Report on vaccination in Madras 1904-1921 - 1904-1921
Year: 1904
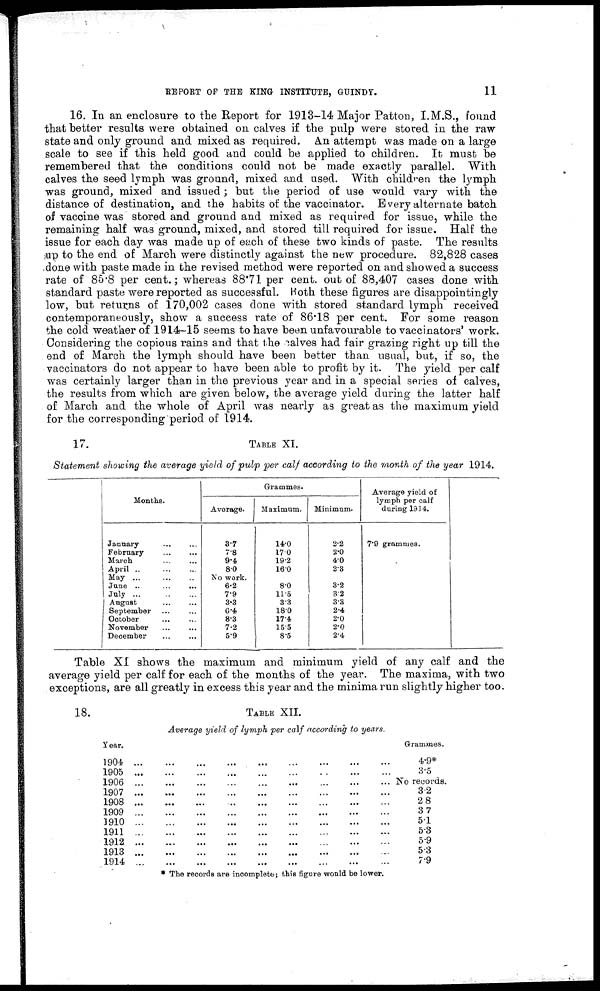
REPORT OF THE KING INSTITUTE, GUINDY.
11
16. In an enclosure to the Report for 1913-14 Major Patton, I.M.S., found
that better results were obtained on calves if the pulp were stored in the raw
state and only ground and mixed as required. An attempt was made on a large
scale to see if this held good and could be applied to children. It must be
remembered that the conditions could not be made exactly parallel. With
calves the seed lymph was ground, mixed and used. With children the lymph
was ground, mixed and issued ; but the period of use would vary with the
distance of destination, and the habits of the vaccinator. Every alternate batch
of vaccine was stored and ground and mixed as required for issue, while the
remaining half was ground, mixed, and stored till required for issue. Half the
issue for each day was made up of each of these two kinds of paste. The results
up to the end of March were distinctly against the new procedure. 82,828 cases
done with paste made in the revised method were reported on and showed a success
rate of 85.8 per cent.; whereas 88.71 per cent. out of 88,407 cases done with
standard paste were reported as successful. Both these figures are disappointingly
low, but returns of 170,002 cases done with stored standard lymph received
contemporaneously, show a success rate of 86.18 per cent. For some reason
the cold weather of 1914-15 seems to have been unfavourable to vaccinators' work.
Considering the copious rains and that the calves had fair grazing right up till the
end of March the lymph should have been better than usual, but, if so, the
vaccinators do not appear to have been able to profit by it. The yield per calf
was certainly larger than in the previous year and in a special series of calves,
the results from which are given below, the average yield during the latter half
of March and the whole of April was nearly as great as the maximum yield
for the corresponding period of 1914.
17.
TABLE XI.
Statement showing the average yield of pulp per calf according to the month of the year 1914.
Months.
January ... ...
February ... ...
March ... ...
April ... ... ...
May ... ... ...
Jane ... ... ...
July
...
...
...
August
...
...
September ... ...
October ... ...
November ... ...
December ... ...
Grammes.
Average.
3.7
7.8
9.4
8.0
No work.
6.2
7.9
3.3
6.4
8.3
7.2
5.9
Maximum.
14.0
17.0
19.2
16.0
8.0
11.5
3.3
18.0
17.4
15.5
8.5
Minimum.
2.2
2.0
4.0
2.3
3.2
3.2
3.3
2.4
2.0
2.0
2.4
Average yield of
lymph per calf
during 1914.
7.9 grammes.
Table XI shows the maximum and minimum yield of any calf and the
average yield per calf for each of the months of the year. The maxima, with two
exceptions, are all greatly in excess this year and the minima run slightly higher too.
18.
TABLE XII.
Average yield of lymph per calf according to years.
Year.
1904
...
...
...
...
1905
...
...
...
...
...
...
...
...
1906
...
...
...
...
...
...
...
...
1907
...
...
...
...
...
...
...
...
1908
...
...
...
...
...
...
...
...
1909
...
...
...
...
...
...
...
...
1910
...
...
...
...
...
...
...
...
1911
...
...
...
...
...
...
...
...
1912
...
...
...
...
...
...
...
...
1913
...
...
...
...
...
...
...
...
1914
...
...
...
...
...
...
...
...
Grammes.
4.9*
3.5
No records.
3.2
2.8
3.7
5.1
5.3
5.9
5.3
7.9
* The records are incomplete; this figure would be lower.